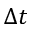
\Delta t